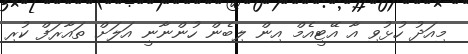
މިއަދު ހުޅުވި އާ އޭޓީއެމް އިން ލިބެން ހުންނާނީ އަލަށް ތައާރަފް ކުރި